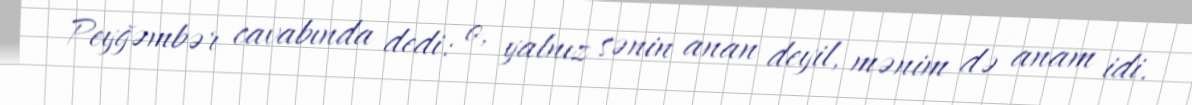
Peyğəmbər cavabında dedi: o, yalnız sənin anan deyil, mənim də anam idi.